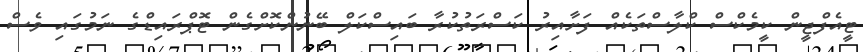
ޓީއެފްޖީން ކީމެކްސް ކްލާސްތަކެއް ފަށާއިރު ކަސްރަތުކުރާ ބައިސްކަލް ބޭނުންކޮށްގެން ޓޮޕްރައިޑްގެ ނަމުގައި ވެސް